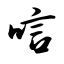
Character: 唁